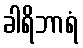
ခါရိဘာရံ